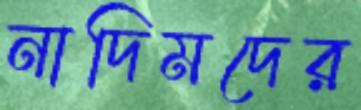
নাদিমদের